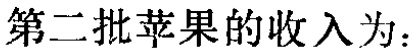
第二批苹果的收入为：